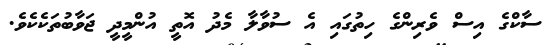
ސާކްގެ އިސް ވެރިންގެ ހިތުގައި އެ ސުވާލާ މެދު އޮތީ އުންމީދީ ޖަވާބުތަކެކެވެ.